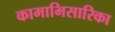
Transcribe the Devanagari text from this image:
कामाभिसारिका